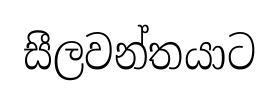
සීලවන්තයාට